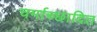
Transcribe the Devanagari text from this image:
चर्माच्छादित